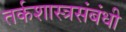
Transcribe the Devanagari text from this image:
तर्कशास्त्रसंबंधी